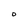
Character: O